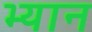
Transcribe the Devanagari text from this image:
भ्यान